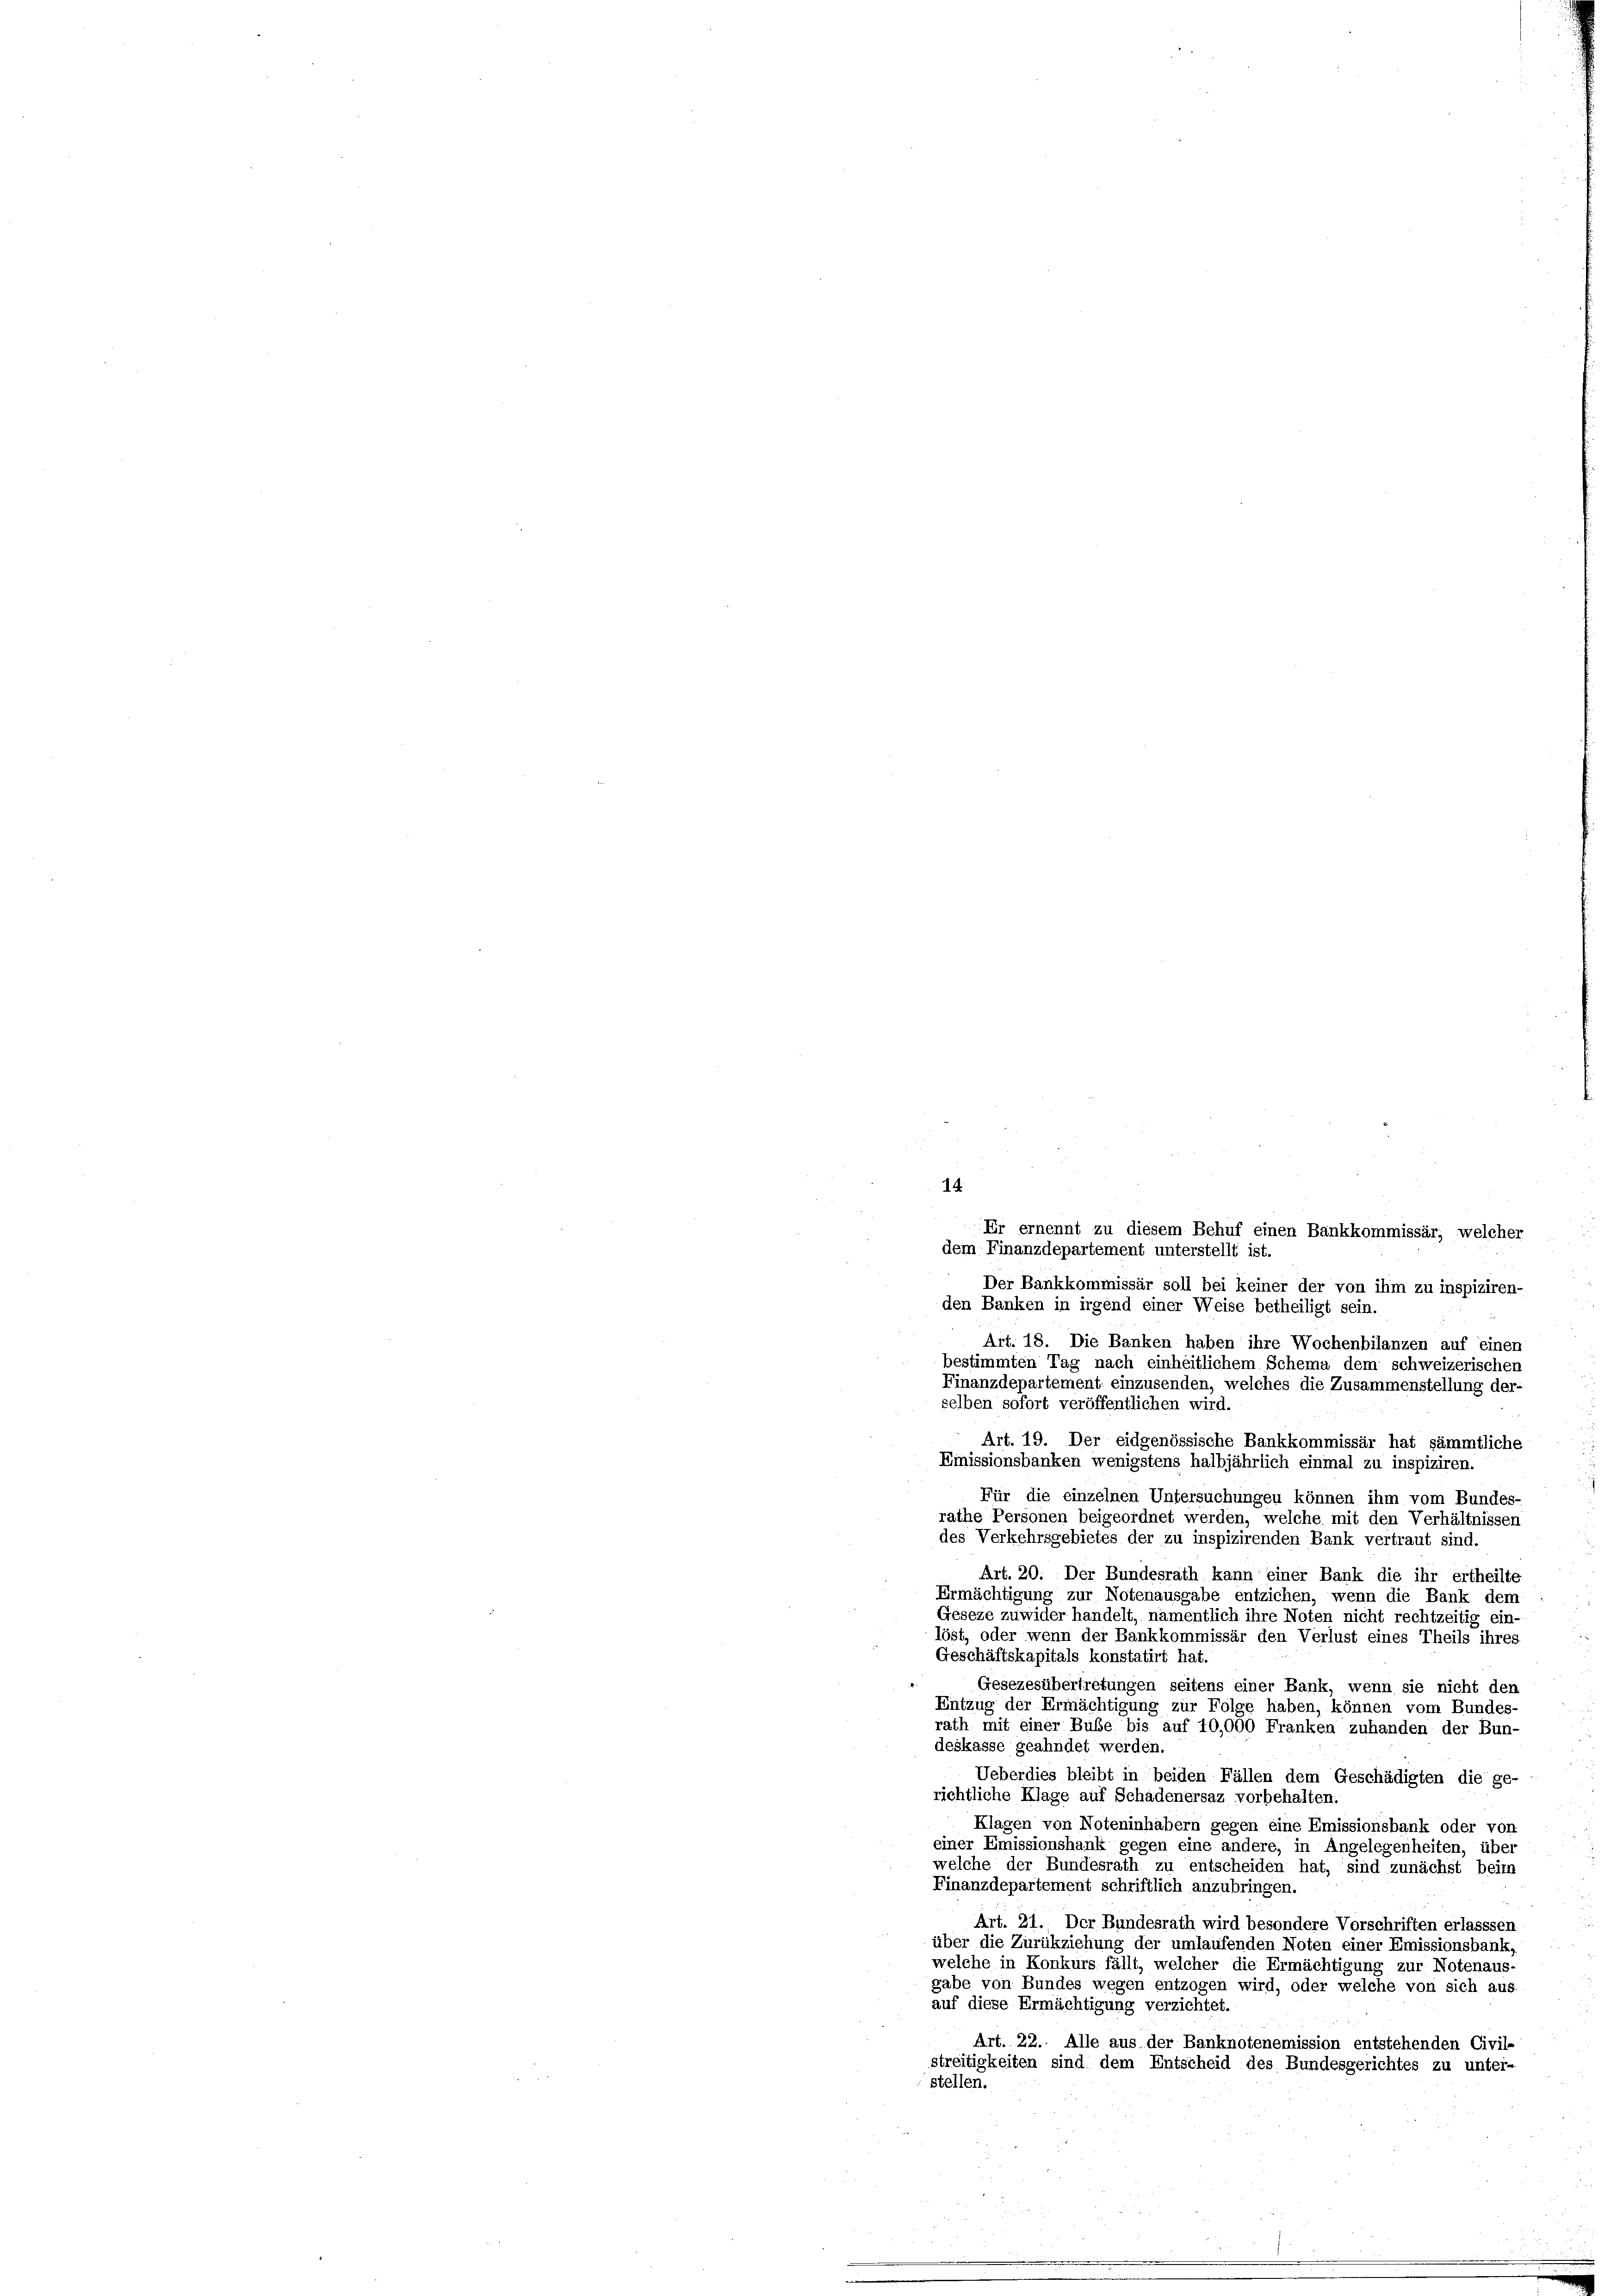
14

Er ernennt zu diesem Behuf einen Bankkommissär, welcher
dem Finanzdepartement unterstellt ist.
Der Bankkommissär soll bei keiner der von ihm zu inspiziren-
den Banken in irgend einer Weise betheiligt sein.
Art. 18. Die Banken haben ihre Wochenbilanzen auf einen
bestimmten Tag nach einheitlichem Schema dem schweizerischen
Finanzdepartement einzusenden, welches die Zusammenstellung der-
selben sofort veröffentlichen wird.
Art. 19. Der eidgenössische Bankkommissär hat sämmtliche
Emissionsbanken wenigstens halbjährlich einmal zu inspiziren.
Für die einzelnen Untersuchungen können ihm vom Bundes-
rathe Personen beigeordnet werden, welche mit den Verhältnissen
des Verkehrsgebietes der zu inspizirenden Bank vertraut sind.
Art. 20. Der Bundesrath kann einer Bank die ihr ertheilte
Ermächtigung zur Notenausgabe entziehen, wenn die Bank dem
Geseze zuwider handelt, namentlich ihre Noten nicht rechtzeitig ein-
löst, oder wenn der Bankkommissär den Verlust eines Theils ihres
Geschäftskapitals konstatirt hat.
Gesezesübertretungen seitens einer Bank, wenn sie nicht den
Entzug der Ermächtigung zur Folge haben, können vom Bundes
rath mit einer Bube bis auf 40,000 Franken zuhanden der Bun
deskasse geahndet werden.
Ueberdies bleibt in beiden Fällen dem Geschädigten die ge-
richtliche Klage auf Schadenersaz vorbehalten.
Klagen von Noteninhabern gegen eine Emissionsbank oder von
einer Emissionshank gegen eine andere, in Angelegenheiten, über
welche der Bundesrath zu entscheiden hat, sind zunächst beim
Finanzdepartement schriftlich anzubringen.
Art. 21. Der Bundesrath wird besondere Vorschriften erlasssen
über die Zurükziehung der umlaufenden Noten einer Emissionsbank,
welche in Konkurs fällt, welcher die Ermächtigung zur Notenaus-
gabe von Bundes wegen entzogen wird, oder welche von sich aus
auf diese Ermächtigung verzichtet.
Art. 22. Alle aus der Banknotenemission entstehenden Civil-
streitigkeiten sind dem Entscheid des Bundesgerichtes zu untei-
stellen.